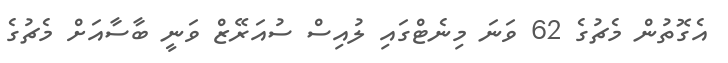
އެގޮތުން މެޗުގެ 62 ވަނަ މިނެޓްގައި ލުއިސް ސުއަރޭޒް ވަނީ ބާސާއަށް މެޗުގެ